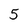
Character: 5